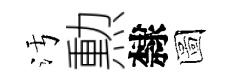
污勲隸圖